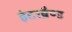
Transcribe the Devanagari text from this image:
इंटरब्रैण्ड